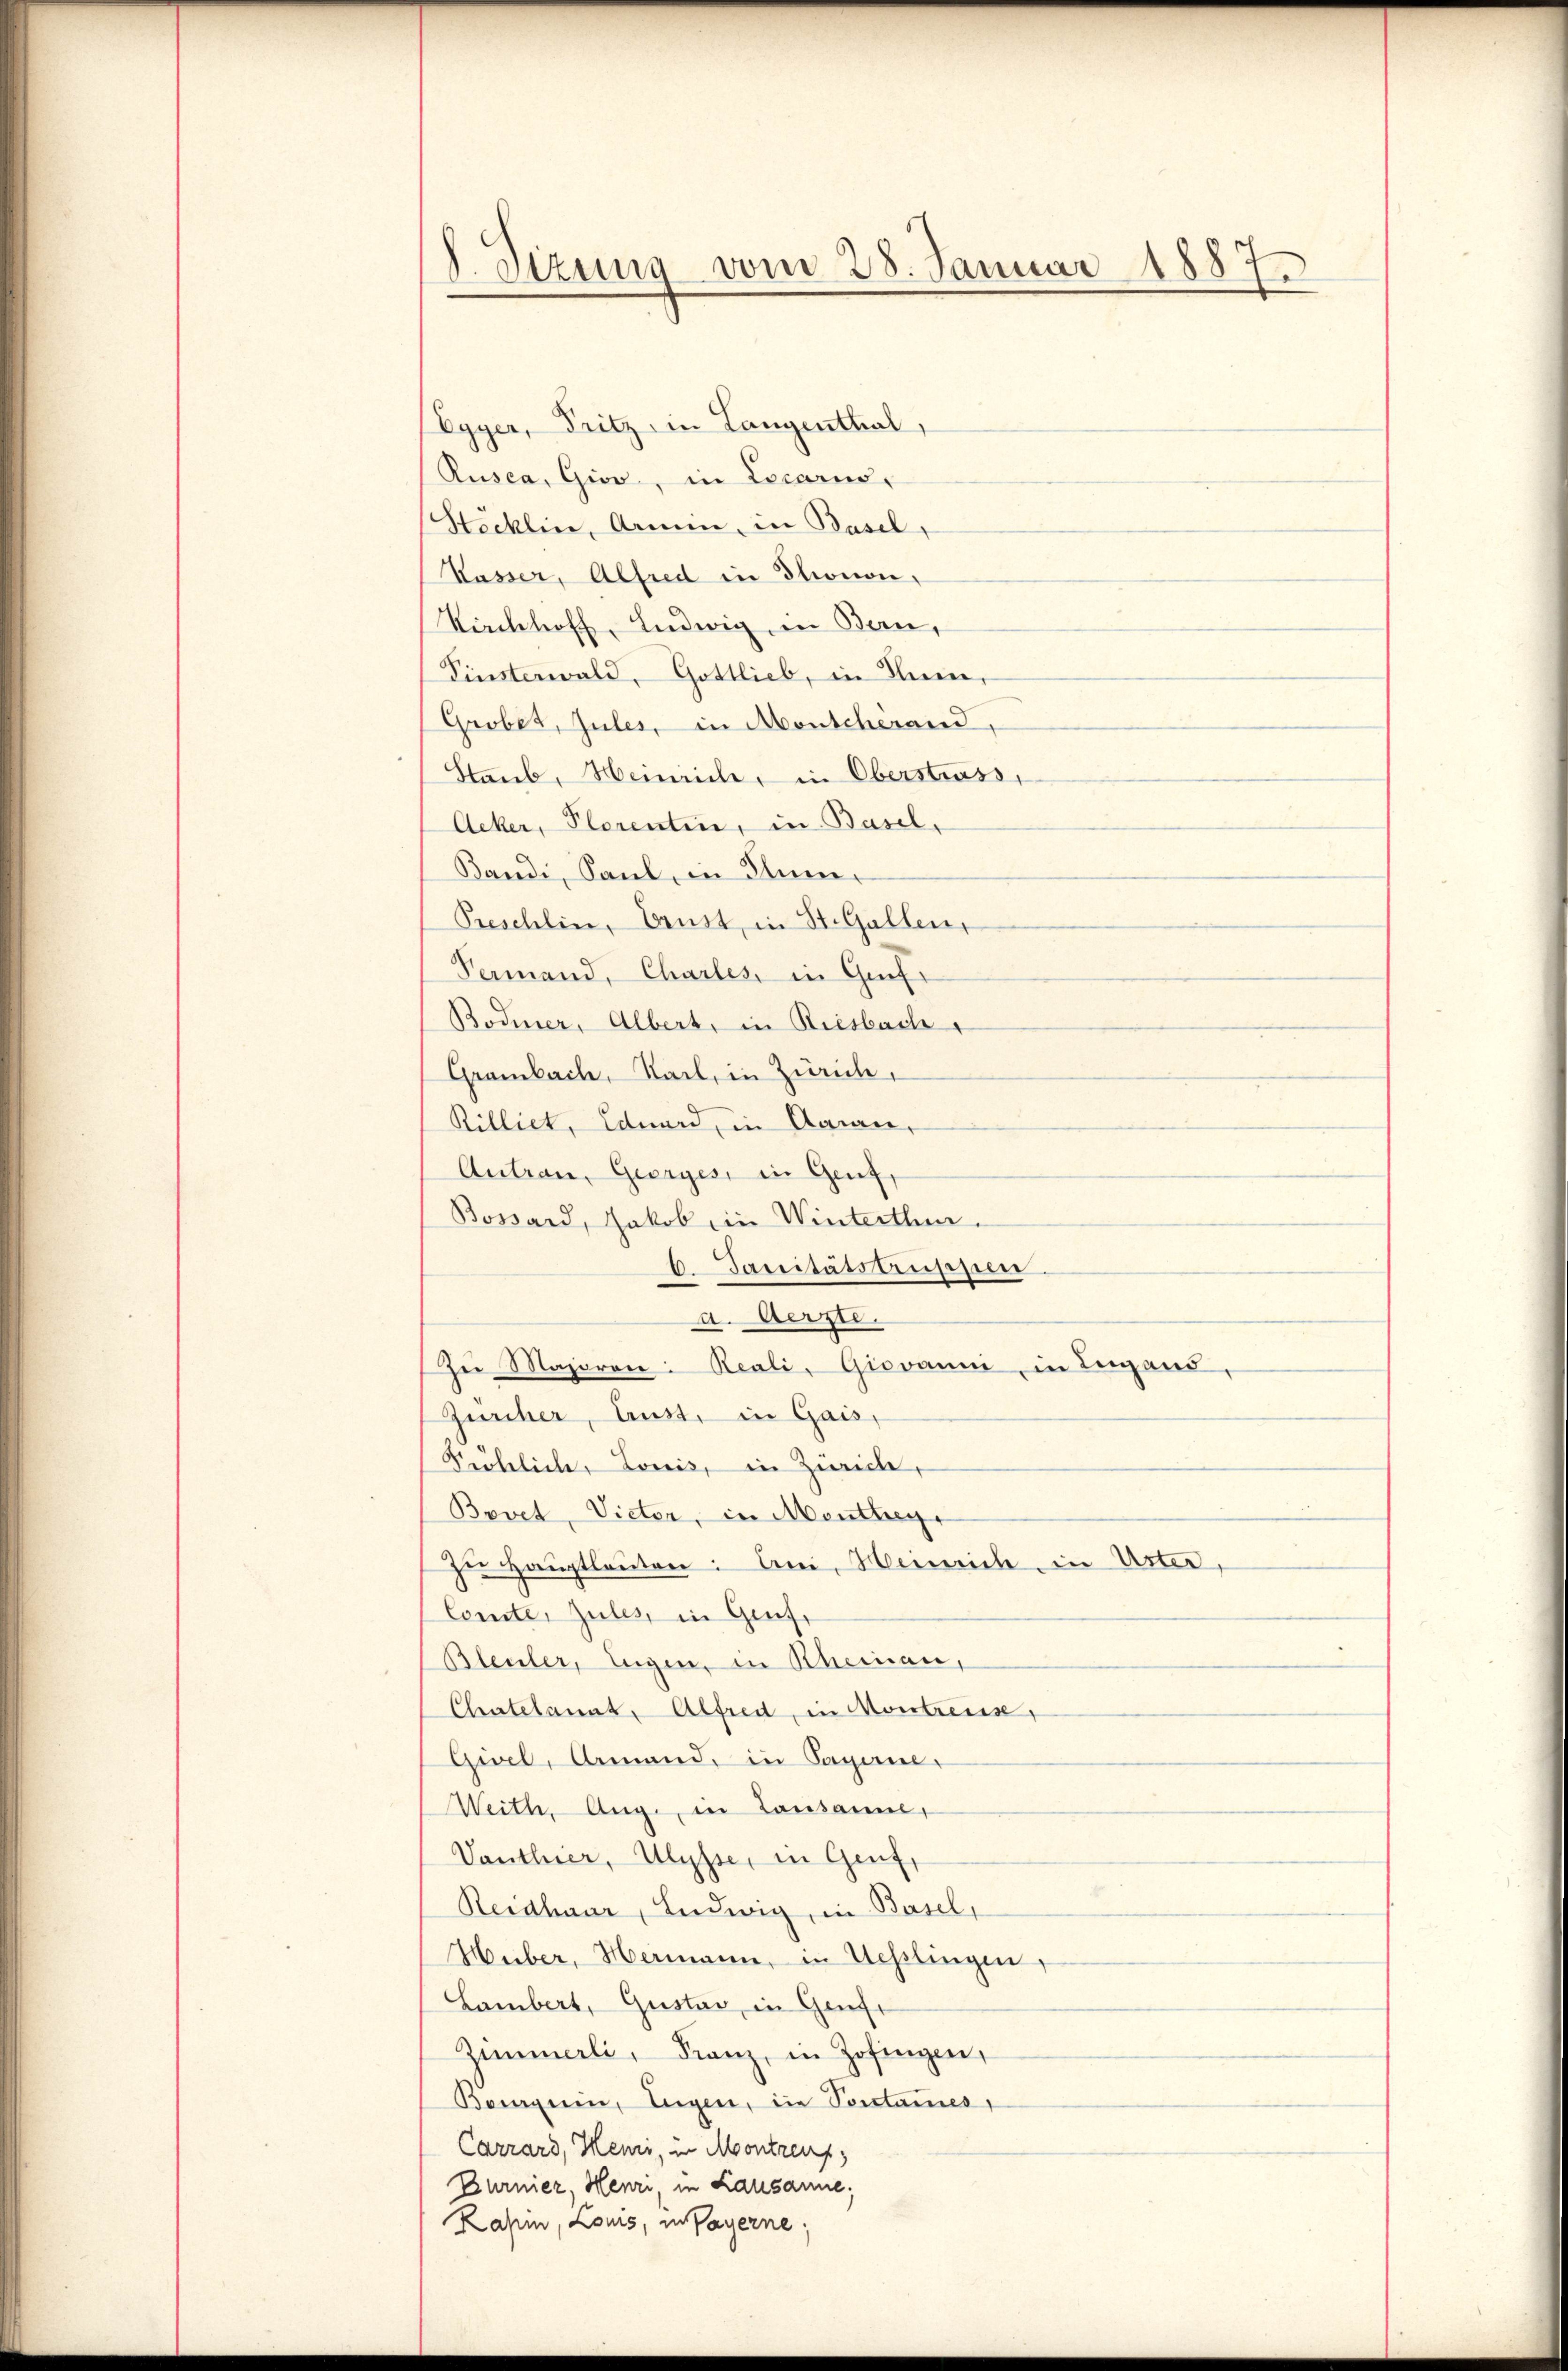
J. Sizung vom 28. Januar 1887
f

Egyer, Pritz in Langenthal,
Rusca, Giov, in Locarno,
Stöcklin, Armin, in Basel,
Kasser, Alfred in Thonon,
Kirchhoff, Ludwig, in Bern,
Pinsterwald, Gottlieb, in Anm,
Grobet, Jules, in Monscherand,
Staub, Heinriche, in Oberstrass
Acker, Plorenten, in Basel,
Bandi, Saul, in Inner
Preschlin, Caust, in St. Gallen,
Fermand, Charles, in Grafe
Bodmer, Albert, in Riesbach
Grambach, Sail, in Zürich,
Rilliet, Eduard, in Aarau,
Autrau, Georges, in Genf,
Bossard, Jakob in Winterthur.
C. Sanitätsaussen.
a. Aerzte.
Zŭ Majorene Reali, Giovanni in Lugand,
Zürcher, Lust, in Gais,
Fröhlich, Louis, in Zürich,
Bovet, Vieter, in Montheye
zu Hauptleuten: An Heinrich in Unter,
Comte, zules, in Genf,
Bleuler, Eugen, in Rheinau,
Chatelangt, Alfred, in Montreuse,
Gisel, Amand, in Sapane-
Weith, Aug., in Lausanne,
Vanthier, Ulysse, in Genf,
Reidhaar, Ludwig, in Basel,
Huber, Hermann, in Uesslingen,
Lambert, Gustav in Genfe
Zimmerli, Franz, in Zofingen,
Borgen, Eugen, die Vorstames,
Carrard, Heini, in Montreuf
Burnier, Henri, in Lausanne;
Lahm, Louis, in Payerne